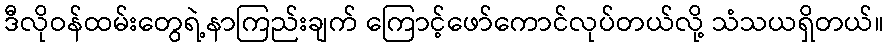
ဒီလိုဝန်ထမ်းတွေရဲ့နာကြည်းချက် ကြောင့်ဖော်ကောင်လုပ်တယ်လို့ သံသယရှိတယ်။